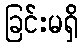
ခြင်းမရှိ